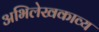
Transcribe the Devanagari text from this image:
अभिलेखकाव्य